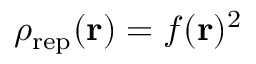
\rho _ { \mathrm { r e p } } ( { \bf r } ) = f ( { \bf r } ) ^ { 2 }